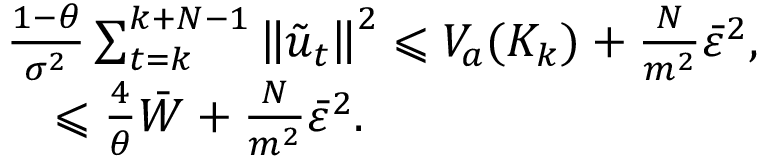
\begin{array} { r l } & { \frac { 1 - \theta } { \sigma ^ { 2 } } \sum _ { t = k } ^ { k + N - 1 } \left\| \tilde { u } _ { t } \right\| ^ { 2 } \leqslant V _ { a } ( K _ { k } ) + \frac { N } { m ^ { 2 } } \bar { \varepsilon } ^ { 2 } , } \\ & { \quad \leqslant \frac { 4 } { \theta } \bar { W } + \frac { N } { m ^ { 2 } } \bar { \varepsilon } ^ { 2 } . } \end{array}